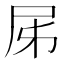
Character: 𡰾